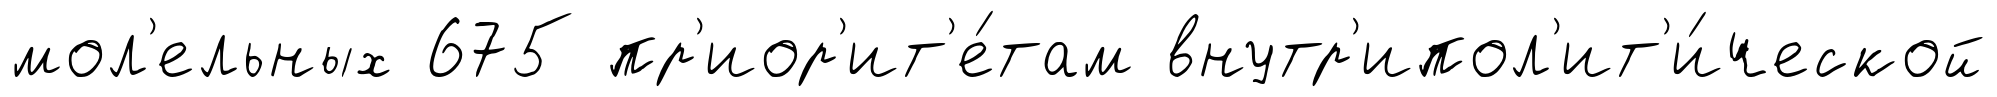
мол'ельных 675 пр'иор'ит'е́там внутр'ипол'ит'и́ческой